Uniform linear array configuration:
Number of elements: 32
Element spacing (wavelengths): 0.5
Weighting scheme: cosine
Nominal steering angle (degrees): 60
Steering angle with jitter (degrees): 60.002
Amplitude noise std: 0.05
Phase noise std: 0.05

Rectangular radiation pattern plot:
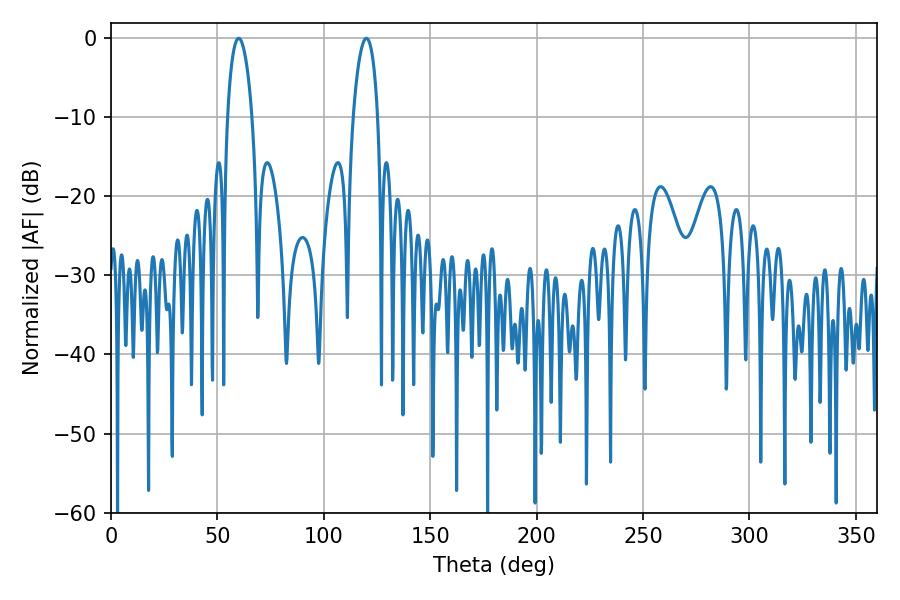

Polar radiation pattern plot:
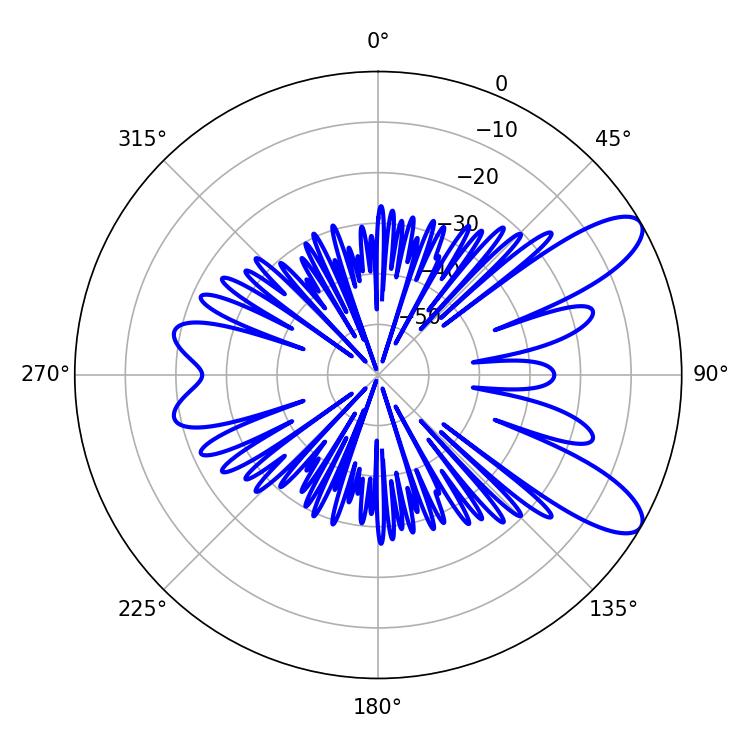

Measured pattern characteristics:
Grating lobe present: FALSE
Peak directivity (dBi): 9.75
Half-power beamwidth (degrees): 6.48
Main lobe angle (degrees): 59.94